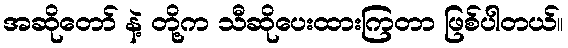
အဆိုတော် နဲ့ တို့က သီဆိုပေးထားကြတာ ဖြစ်ပါတယ်။